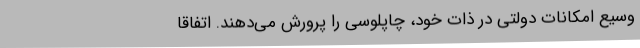
وسیع امکانات دولتی در ذات خود، چاپلوسی را پرورش می‌دهند. اتفاقاً